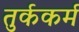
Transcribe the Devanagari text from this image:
तुर्ककर्म